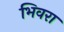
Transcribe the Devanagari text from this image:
भिवरा